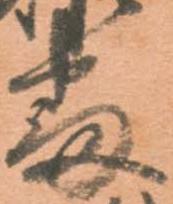
番